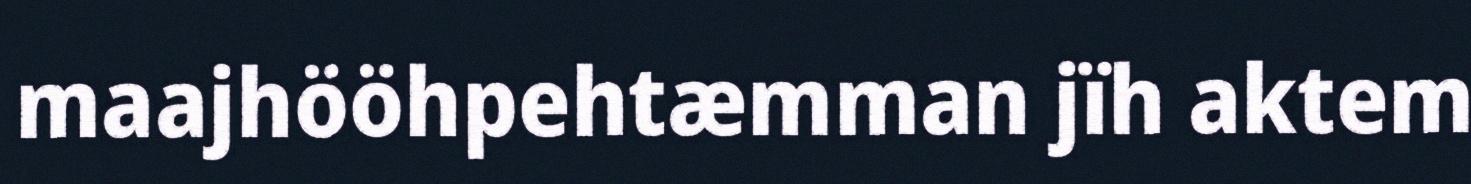
maajhööhpehtæmman jïh aktem